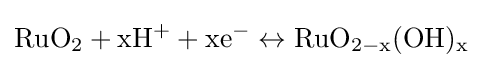
\mathrm {RuO_{2}+xH^{+}+xe^{-}\leftrightarrow RuO_{2-x}(OH)_{x}}